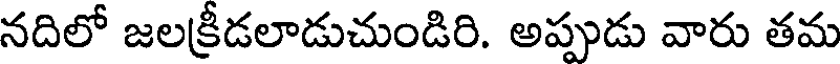
నదిలో జలక్రీడలాడుచుండిరి. అప్పుడు వారు తమ